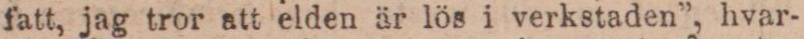
fatt, jag tror att elden är lös i verkstaden”, hvar-